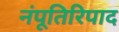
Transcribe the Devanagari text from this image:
नंपूतिरिपाद